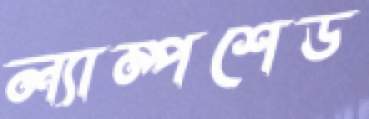
ল্যাম্পশেড